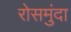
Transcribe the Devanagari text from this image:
रोसमुंदा